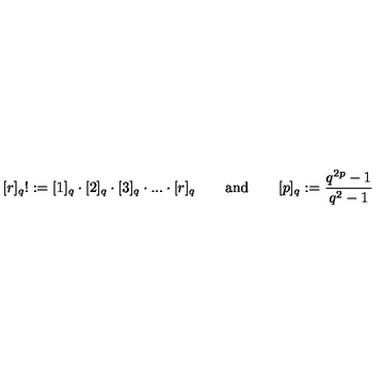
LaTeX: [ r ] _ { q } ! : = [ 1 ] _ { q } \cdot [ 2 ] _ { q } \cdot [ 3 ] _ { q } \cdot . . . \cdot [ r ] _ { q } \mathrm { \qquad a n d \qquad } [ p ] _ { q } : = \frac { q ^ { 2 p } - 1 } { q ^ { 2 } - 1 }